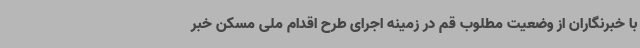
با خبرنگاران از وضعیت مطلوب قم در زمینه اجرای طرح اقدام ملی مسکن خبر